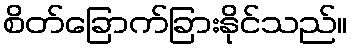
စိတ်ခြောက်ခြားနိုင်သည်။